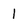
Character: 1